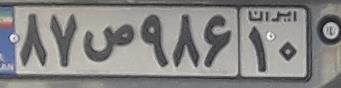
۸۷ص۹۸۶۱۰